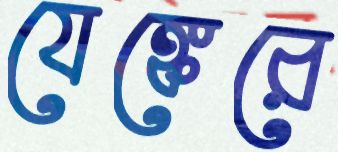
যেঙ্কেরে